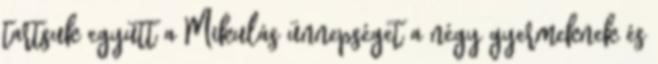
tartsuk együtt a Mikulás ünnepséget a négy gyermeknek és